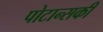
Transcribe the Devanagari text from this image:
पोटान्सकी